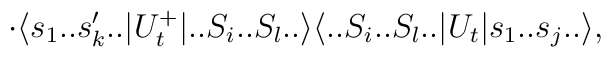
\cdot \langle s_1..s'_k..|U^+_t|..S_i..S_l..\rangle \langle ..S_i..S_l..|U_t |s_1..s_j..\rangle,